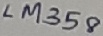
Text: LM358